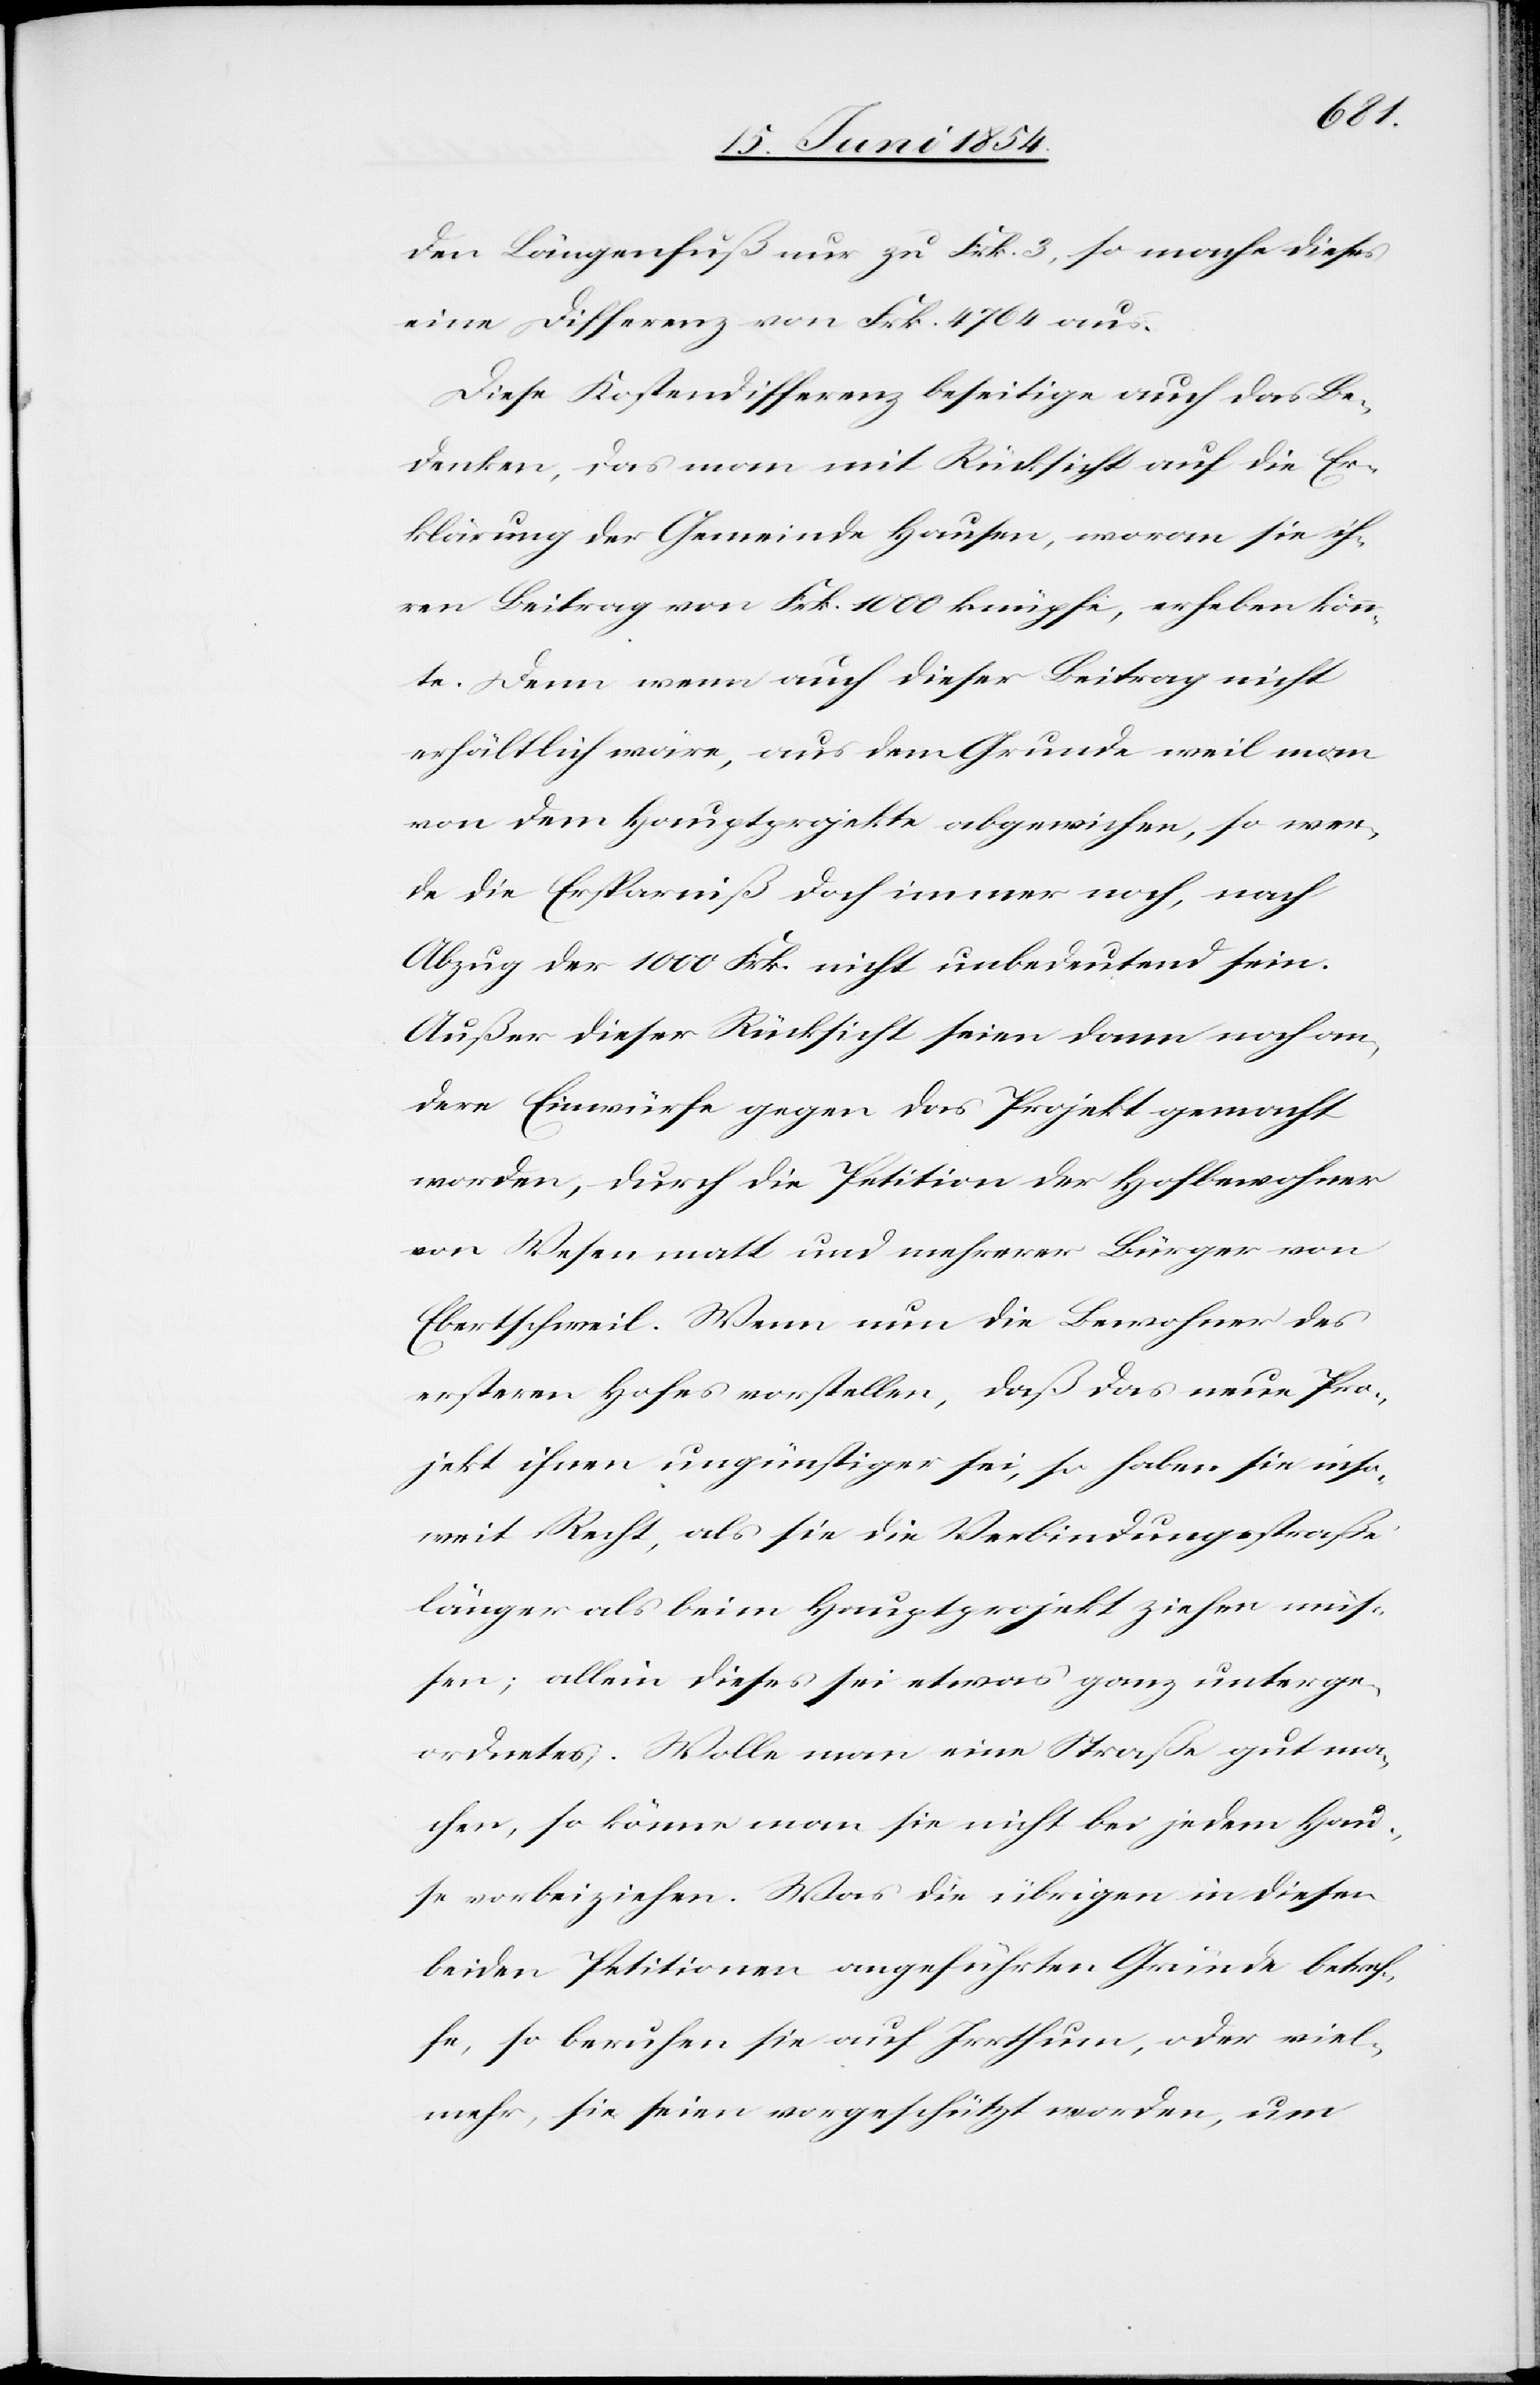
den Längenfuß nur zu Frk. 3, so mache dieses
eine Differenz von Frk. 4764 aus.
Diese Kostendifferenz beseitige auch das Be¬
denken, das man mit Rücksicht auf die Er¬
klärung der Gemeinde Hausen, woran sie ih¬
ren Beitrag von Frk. 1000 knüpfe, erheben könn¬
te. Denn wenn auch dieser Beitrag nicht
erhältlich wäre, aus dem Grunde weil man
von dem Hauptprojekte abgewichen, so wer¬
de die Ersparniß doch immer noch, nach
Abzug der 1000 Frk. nicht unbedeutend sein.
Außer dieser Rücksicht seien dann noch an¬
dere Einwürfe gegen das Projekt gemacht
worden, durch die Petition der Hofbewohner
von Wesenmatt und mehrerer Bürger von
Ebertschweil. Wenn nun die Bewohner des
ersteren Hofes vorstellen, daß das neue Pro¬
jekt ihnen ungünstiger sei, so haben sie inso¬
weit Recht, als sie die Verbindungsstraße
länger als beim Hauptprojekt ziehen müß¬
en; allein dieses sei etwas ganz unterge¬
ordnetes. Wolle man eine Straße gut ma¬
chen, so könne man sie nicht bei jedem Hau¬
se vorbeiziehen. Was die übrigen in diesen
beiden Petitionen angeführten Gründe betref¬
fe, so beruhen sie auf Irrthum, oder viel¬
mehr, sie seien vorgeschützt worden, um